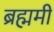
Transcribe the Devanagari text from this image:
ब्रह्ममी